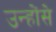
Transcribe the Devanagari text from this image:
उन्होंसे